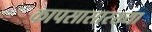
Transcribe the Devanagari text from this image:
कापसासारख्या